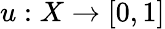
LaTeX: u:X\rightarrow[0,1]